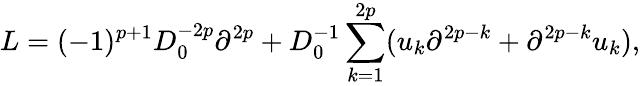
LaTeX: L=(-1)^{p+1}D_{0}^{-2p}\partial^{2p}+D_{0}^{-1}\sum_{k=1}^{2p}(u_{k}\partial^{2p-k}+\partial^{2p-k}u_{k}),